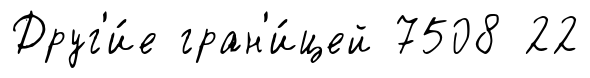
Друг'и́е гран'и́цей 7508 22